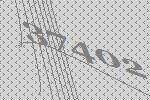
37402